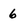
Character: 6